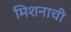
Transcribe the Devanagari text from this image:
मिशनाची